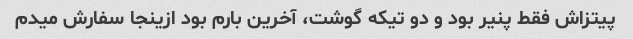
پیتزاش فقط پنیر بود و دو تیکه گوشت، آخرین بارم بود ازینجا سفارش میدم